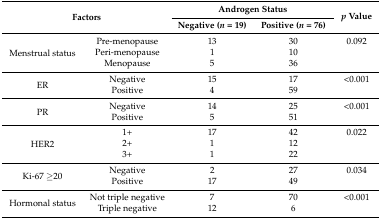
<table><thead><tr><td rowspan="2" colspan="2"><b>Factors</b></td><td colspan="2"><b>Androgen Status</b></td><td rowspan="2"><b><i>p</i> Value</b></td></tr><tr><td><b>Negative (<i>n</i> = 19)</b></td><td><b>Positive (<i>n</i> = 76)</b></td></tr></thead><tbody><tr><td rowspan="3">Menstrual status</td><td>Pre-menopause</td><td>13</td><td>30</td><td>0.092</td></tr><tr><td>Peri-menopause</td><td>1</td><td>10</td><td></td></tr><tr><td>Menopause</td><td>5</td><td>36</td><td></td></tr><tr><td rowspan="2">ER</td><td>Negative</td><td>15</td><td>17</td><td>&lt;0.001</td></tr><tr><td>Positive</td><td>4</td><td>59</td><td></td></tr><tr><td rowspan="2">PR</td><td>Negative</td><td>14</td><td>25</td><td>&lt;0.001</td></tr><tr><td>Positive</td><td>5</td><td>51</td><td></td></tr><tr><td rowspan="3">HER2</td><td>1+</td><td>17</td><td>42</td><td>0.022</td></tr><tr><td>2+</td><td>1</td><td>12</td><td></td></tr><tr><td>3+</td><td>1</td><td>22</td><td></td></tr><tr><td rowspan="2">Ki-67 ≥20</td><td>Negative</td><td>2</td><td>27</td><td>0.034</td></tr><tr><td>Positive</td><td>17</td><td>49</td><td></td></tr><tr><td rowspan="2">Hormonal status</td><td>Not triple negative</td><td>7</td><td>70</td><td>&lt;0.001</td></tr><tr><td>Triple negative</td><td>12</td><td>6</td><td></td></tr></tbody></table>